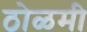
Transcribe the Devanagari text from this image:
ठोळमी